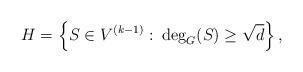
LaTeX: \begin{align*} H=\left\{S \in V^{(k-1)}:\: \deg_{G}(S)\geq \sqrt{d}\right\},\end{align*}